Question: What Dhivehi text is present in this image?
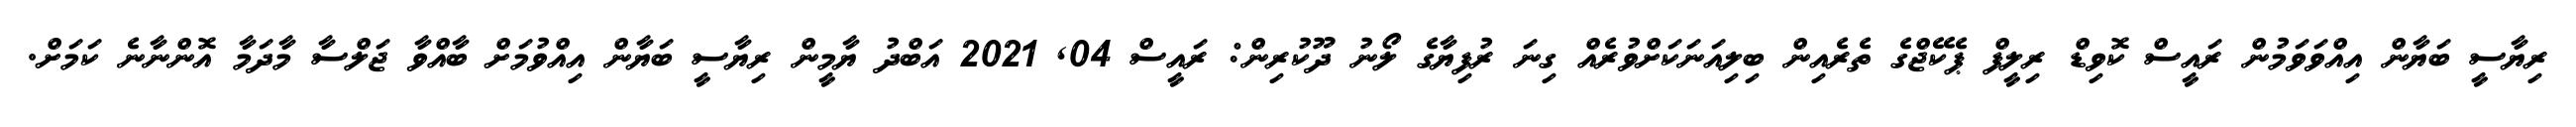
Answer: ރިޔާސީ ބަޔާން އިއްވަވަމުން ރައީސް ކޮވިޑް ރިލީފް ޕެކޭޖްގެ ތެރެއިން ބިލިއަނަކަށްވުރެއް ގިނަ ރުފިޔާގެ ލޯނު ދޫކުރިން: ރައީސް 04, 2021 އަބްދު ޔާމީން ރިޔާސީ ބަޔާން އިއްވުމަށް ބާއްވާ ޖަލްސާ މާދަމާ އޮންނާނެ ކަމަށް.